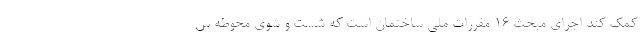
کمک کند اجرای مبحث ۱۶ مقررات ملی ساختمان است که شست و شوی محوطه س